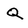
Character: Q